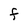
Character: F